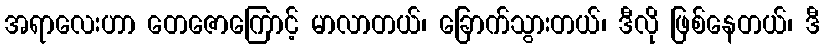
အရာလေးဟာ တေဇောကြောင့် မာလာတယ်၊ ခြောက်သွားတယ်၊ ဒီလို ဖြစ်နေတယ်၊ ဒီ